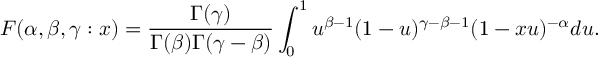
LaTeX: F ( \alpha , \beta , \gamma : x ) = \frac { \Gamma ( \gamma ) } { \Gamma ( \beta ) \Gamma ( \gamma - \beta ) } \int _ { 0 } ^ { 1 } u ^ { \beta - 1 } ( 1 - u ) ^ { \gamma - \beta - 1 } ( 1 - x u ) ^ { - \alpha } d u .